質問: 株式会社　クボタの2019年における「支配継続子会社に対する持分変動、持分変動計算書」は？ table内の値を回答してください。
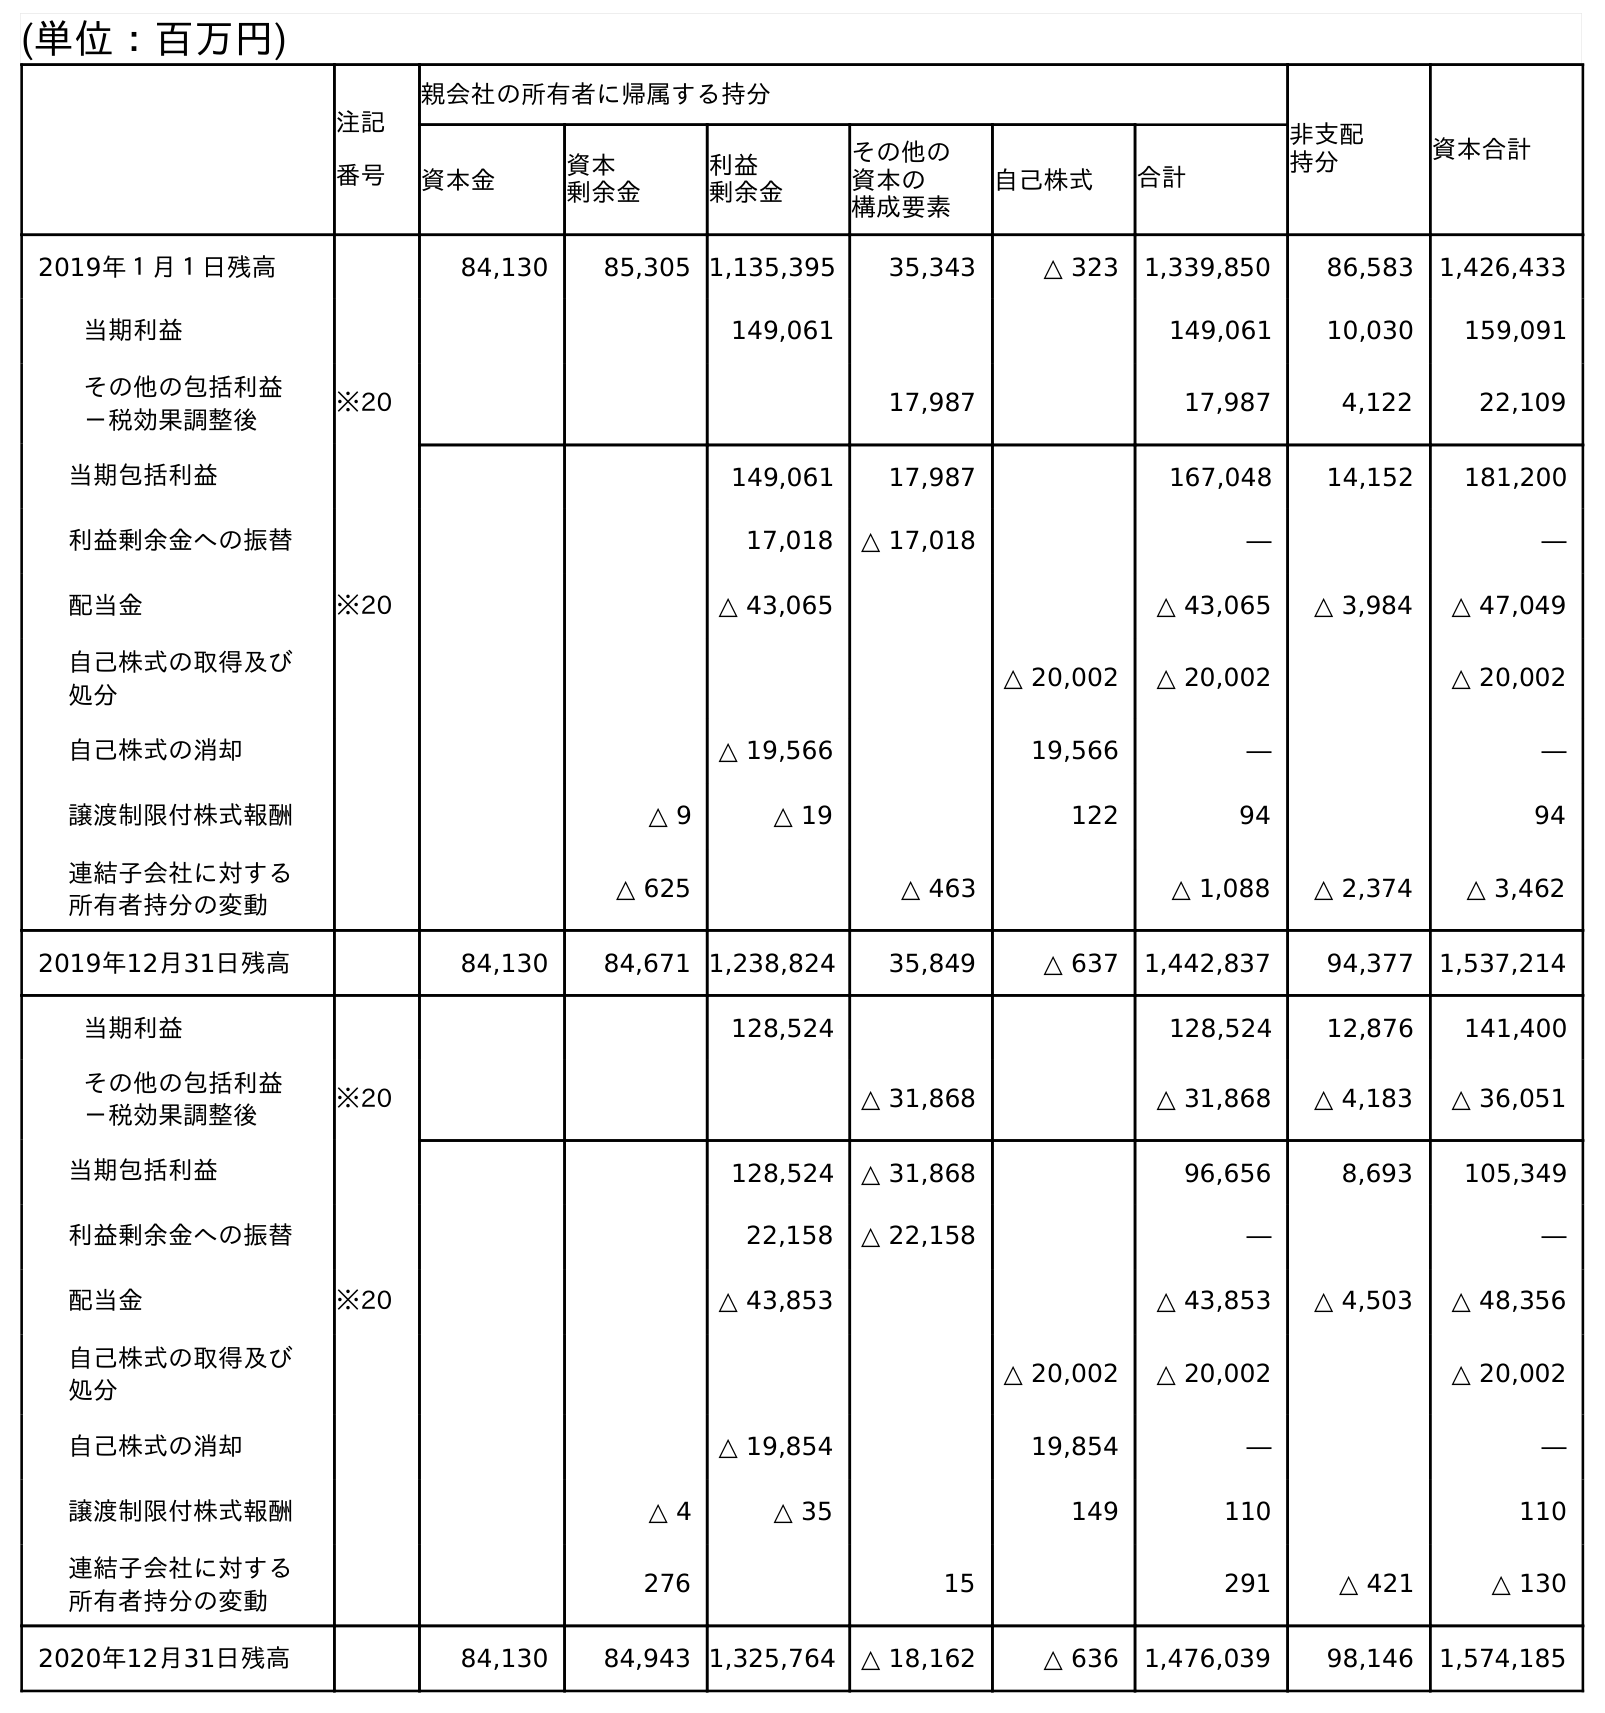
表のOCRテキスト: (単位：百万円) 注記 番号 親会社の所有者に帰属する持分 非支配 持分 資本合計 資本金 資本 剰余金 利益 剰余金 その他の 資本の 構成要素 自己株式 合計 2019年１月１日残高 84,130 85,305 1,135,395 35,343 △ 323 1,339,850 86,583 1,426,433 当期利益 149,061 149,061 10,030 159,091 その他の包括利益 －税効果調整後 ※20 17,987 17,987 4,122 22,109 当期包括利益 149,061 17,987 167,048 14,152 181,200 利益剰余金への振替 17,018 △ 17,018 ― ― 配当金 ※20 △ 43,065 △ 43,065 △ 3,984 △ 47,049 自己株式の取得及び 処分 △ 20,002 △ 20,002 △ 20,002 自己株式の消却 △ 19,566 19,566 ― ― 譲渡制限付株式報酬 △ 9 △ 19 122 94 94 連結子会社に対する 所有者持分の変動 △ 625 △ 463 △ 1,088 △ 2,374 △ 3,462 2019年12月31日残高 84,130 84,671 1,238,824 35,849 △ 637 1,442,837 94,377 1,537,214 当期利益 128,524 128,524 12,876 141,400 その他の包括利益 －税効果調整後 ※20 △ 31,868 △ 31,868 △ 4,183 △ 36,051 当期包括利益 128,524 △ 31,868 96,656 8,693 105,349 利益剰余金への振替 22,158 △ 22,158 ― ― 配当金 ※20 △ 43,853 △ 43,853 △ 4,503 △ 48,356 自己株式の取得及び 処分 △ 20,002 △ 20,002 △ 20,002 自己株式の消却 △ 19,854 19,854 ― ― 譲渡制限付株式報酬 △ 4 △ 35 149 110 110 連結子会社に対する 所有者持分の変動 276 15 291 △ 421 △ 130 2020年12月31日残高 84,130 84,943 1,325,764 △ 18,162 △ 636 1,476,039 98,146 1,574,185
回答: △3,462